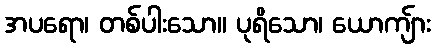
အပရော၊ တစ်ပါးသော။ ပုရိသော၊ ယောကျ်ား